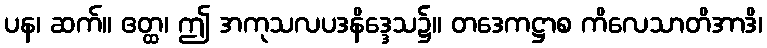
ပန၊ ဆက်။ ဧတ္ထ၊ ဤ အကုသလပဒနိဒ္ဒေသ၌။ တဒေကဋ္ဌာစ ကိလေသာတိအာဒိ၊